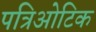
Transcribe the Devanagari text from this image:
पत्रिओटिक